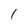
Character: 1